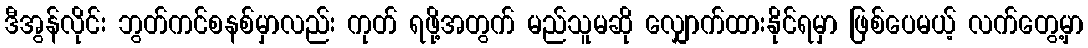
ဒီအွန်လိုင်း ဘွတ်ကင်စနစ်မှာလည်း ကုတ် ရဖို့အတွက် မည်သူမဆို လျှောက်ထားနိုင်ရမှာ ဖြစ်ပေမယ့် လက်တွေ့မှာ